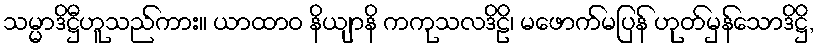
သမ္မာဒိဋ္ဌီဟူသည်ကား။ ယာထာဝ နိယျာနိ ကကုသလဒိဠိ၊ မဖောက်မပြန် ဟုတ်မှန်သောဒိဋ္ဌိ,